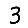
Digit: 3